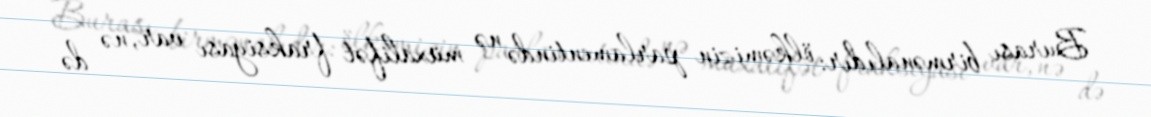
Burası birmənalıdır: ölkəmizin parlamentində nə müxalifət fraksiyası var, nə də